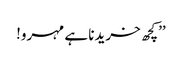
’’کچھ خریدنا ہے مہرو!